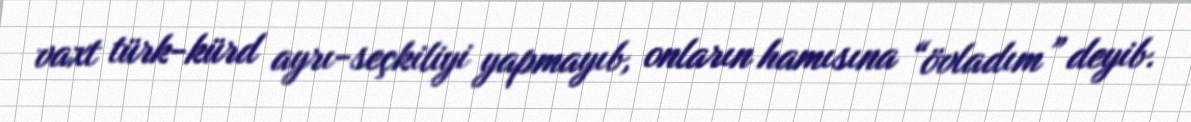
vaxt türk-kürd ayrı-seçkiliyi yapmayıb, onların hamısına “övladım” deyib.